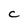
Character: C